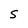
Character: S